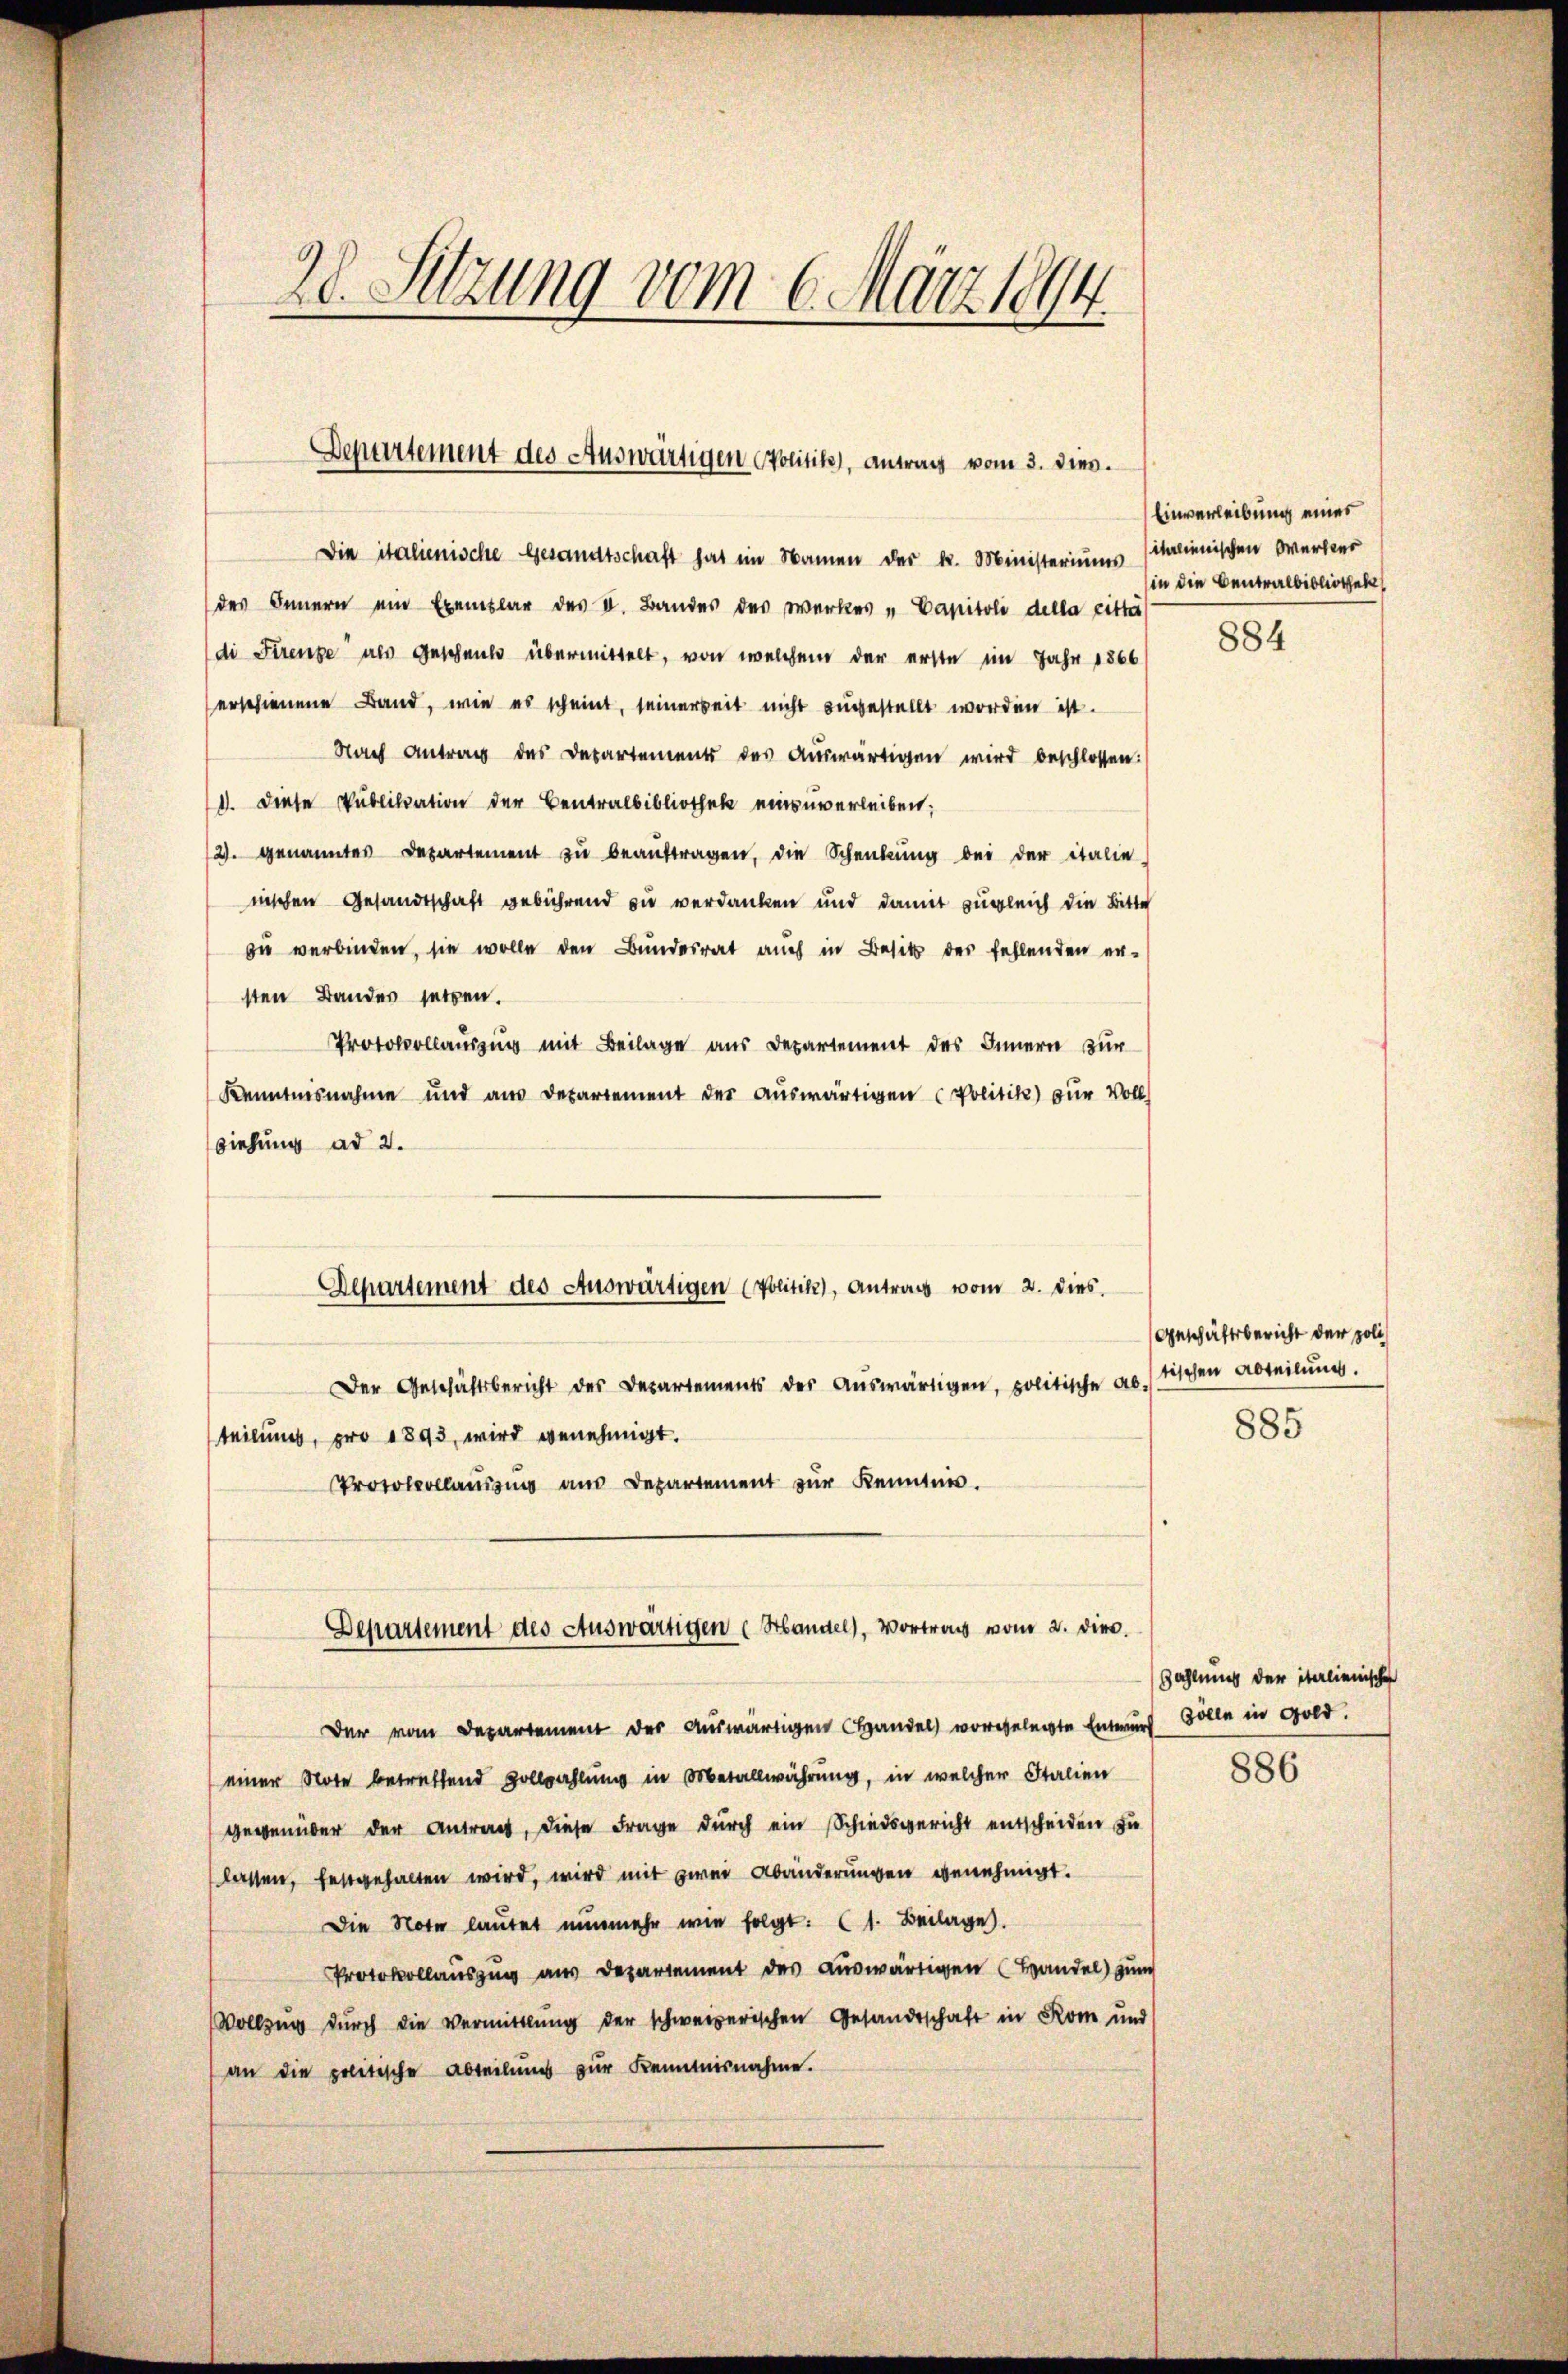
20. Setzung vom 6. März 1894.

Departement des Auswärtigen Politik, antrag vom 3. dies.

Die italienische Gesandtschaft hat im Namen der k. Ministeriums alienischen Werker
des Innern ein Exemplar des V. Bandes des Werkes " Capitoli della ritte
di Strenge als Geschenk übermittelt, von welchem der erste im Jahr 1866
erschienene Band, wie es scheint, seinerseit nicht zugestellt worden ist.
Nach Antrag des Departement des aŭswärtigen wird beschlossen:
1. Diese Publikation der Centralbibliothek einzuverleiben;
2. genanntes Departement zŭ beaŭftragen, die Schenbŭng bei der italie
nischen Gesandtschaft gebührend zu verdanken und damit zugleich die Bitte
zu verbinden, sie wolle den Bundesrat auch in Besitz des fehlenden ersten Bandes setzen.
Protokollauszug mit Beilage aus Departement des Innern zur
Kenntnisnahme und aus Departement der auswärtigen Politik zur Volls
ziehung ad 2.
Der Geschäftsbericht des Departements des aŭswärtigen, politische ab. sichen Abteilung.
teilung, pro 1893, wird genehmigt.
Protokollausung aus Departement zur Kenntnis.
Departement des Auswärtigen (Handel, Vortrag vom 2. die.
Der vom Departement der auswärtigen Handel vorgelegte Entwurf Bolle in Gold.
einer Note betreffend Zollwahlung in Metallwährung, in welcher Italien
gegenüber der Antrag, diese Frage durch ein Schiedsgericht entscheiden die
lassen, festgehalten wird, wird mit zwei Abänderungen genehmigt.
Die Note lautet nunmehr wie folgt: 1. Beilage.
Protokollauszug aus Departement des auswärtigen (Handel) zum
Vollzung durch die Vermittlung der schweizerischen Gesandtschaft in Rom und
an die politische Abteilung zur Kenntnisnahme.

Departement des Auswärtigen (Politik), Antrag vom 2. dies.

Einverleibung eines
in die Centralbibliothek,

884

Geschäftsbericht der poli¬

885

Zahlung der italienischen

886